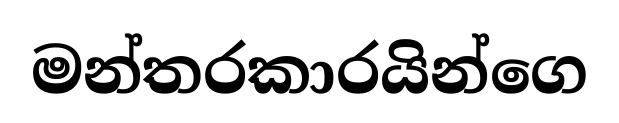
මන්තරකාරයින්ගෙ